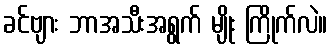
ခင်ဗျား ဘာအသီးအရွက် မျိုး ကြိုက်လဲ။